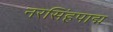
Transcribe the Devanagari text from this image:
नरसिंहपाद्म